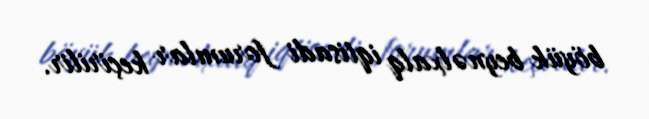
böyük beynəlxalq iqtisadi forumlar keçirilir.